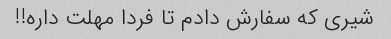
شیری که سفارش دادم تا فردا مهلت داره!!